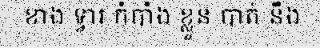
ខាង ទ្វារ កំបាំង ខ្លួន បាត់ នឹង